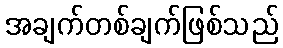
အချက်တစ်ချက်ဖြစ်သည်